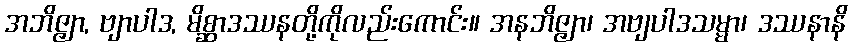
အဘိဇ္ဇျာ, ဗျာပါဒ, မိစ္ဆာဒဿနတို့ကိုလည်းကောင်း။ အနဘိဇ္ဇျာ၊ အဗျပါဒသမ္မာ၊ ဒဿနာနိ